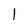
Character: l